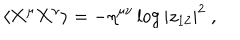
\langle { \bf X } ^ { \mu } { \bf X } ^ { \nu } \rangle = - \eta ^ { \mu \nu } \log | z _ { 1 2 } | ^ { 2 } ~ ,